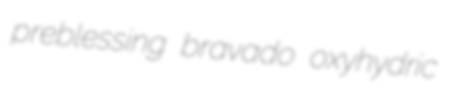
preblessing bravado oxyhydric